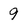
Character: 9